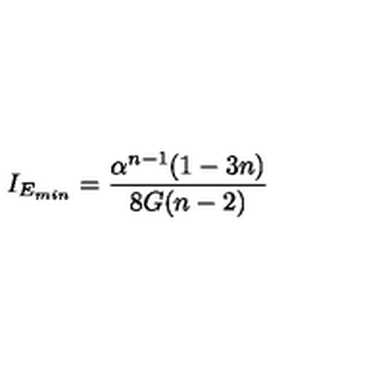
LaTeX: I _ { E _ { m i n } } = \frac { \alpha ^ { n - 1 } ( 1 - 3 n ) } { 8 G ( n - 2 ) }